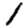
Digit: 1